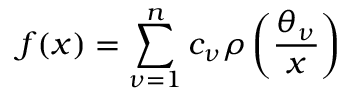
f ( x ) = \sum _ { \nu = 1 } ^ { n } c _ { \nu } \rho \left( { \frac { \theta _ { \nu } } { x } } \right)